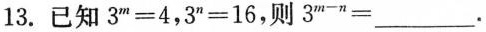
13.已知$$3 ^ { m } = 4$$，$$ 3 ^ { n } = 1 6$$，则$$3 ^ { m - n } = ___$$.